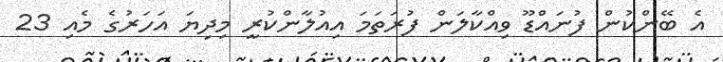
އެ ބޭންކުން ފުނައްޑޫ ވިއްކާލަން ފުރަތަމަ އިއުލާންކުރީ މިދިޔަ އަހަރުގެ މެއި 23